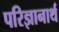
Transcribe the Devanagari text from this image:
परिज्ञानार्थ